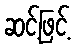
ဆင့်ဖြင့်